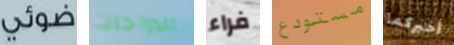
ضوئي الدراجات فراء مستودع أخبركما